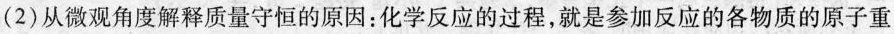
(2)从微观角度解释质量守恒的原因：化学反应的过程，就是参加反应的各物质的原子重